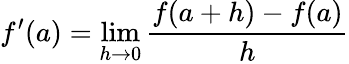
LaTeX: f^{\prime}(a)=\operatorname*{lim}_{h\to 0}{\frac{f(a+h)-f(a)}{h}}